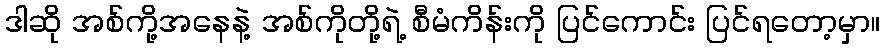
ဒါဆို အစ်ကို့အနေနဲ့ အစ်ကိုတို့ရဲ့ စီမံကိန်းကို ပြင်ကောင်း ပြင်ရတော့မှာ။